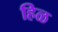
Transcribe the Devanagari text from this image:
हिळ